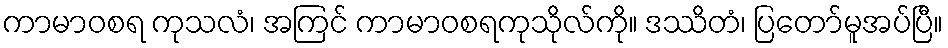
ကာမာဝစရ ကုသလံ၊ အကြင် ကာမာဝစရကုသိုလ်ကို။ ဒဿိတံ၊ ပြတော်မူအပ်ပြီ။